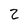
Character: 2